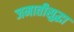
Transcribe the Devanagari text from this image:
जमातीसुद्धा